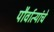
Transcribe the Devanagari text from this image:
पौर्वात्यांचे